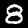
Digit: 8